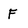
Character: F